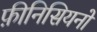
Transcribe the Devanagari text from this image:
फ़ीनिसियनों